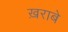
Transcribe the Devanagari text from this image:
ख़राबे